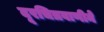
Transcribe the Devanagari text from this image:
दूरचित्रवाणीने